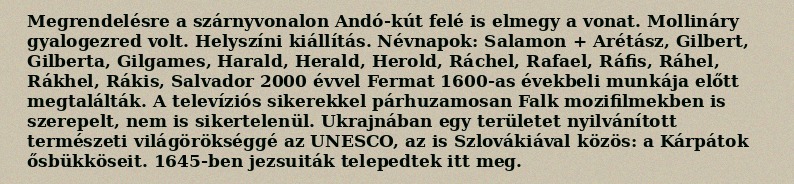
Megrendelésre a szárnyvonalon Andó-kút felé is elmegy a vonat. Mollináry gyalogezred volt. Helyszíni kiállítás. Névnapok: Salamon + Arétász, Gilbert, Gilberta, Gilgames, Harald, Herald, Herold, Ráchel, Rafael, Ráfis, Ráhel, Rákhel, Rákis, Salvador 2000 évvel Fermat 1600-as évekbeli munkája előtt megtalálták. A televíziós sikerekkel párhuzamosan Falk mozifilmekben is szerepelt, nem is sikertelenül. Ukrajnában egy területet nyilvánított természeti világörökséggé az UNESCO, az is Szlovákiával közös: a Kárpátok ősbükköseit. 1645-ben jezsuiták telepedtek itt meg.